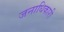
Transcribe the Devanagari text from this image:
जनाधिकारी